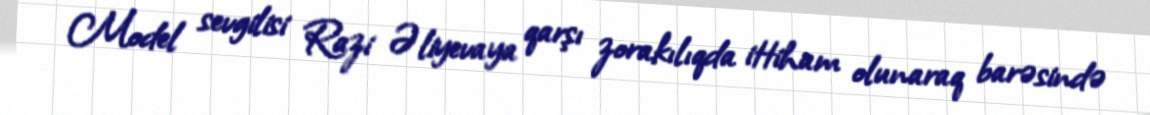
Model sevgilisi Razi Əliyevaya qarşı zorakılıqda ittiham olunaraq barəsində